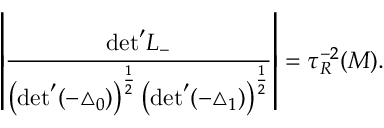
\left| \frac { \mathrm { d e t } ^ { \prime } L _ { - } } { \left( \mathrm { d e t } ^ { \prime } ( - { \triangle } _ { 0 } ) \right) ^ { \frac { 1 } { 2 } } \left( \mathrm { d e t } ^ { \prime } ( - { \triangle } _ { 1 } ) \right) ^ { \frac { 1 } { 2 } } } \right| = { \tau } _ { R } ^ { - 2 } ( { \cal M } ) .